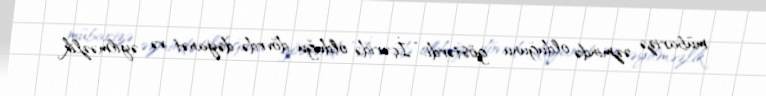
mübarizə əzmində olduğunu göstərdi: “İçəridə olduğu dövrdə dəyanət və əyilməzlik